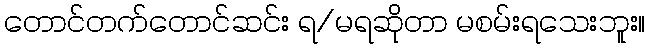
တောင်တက်တောင်ဆင်း ရ/မရဆိုတာ မစမ်းရသေးဘူး။